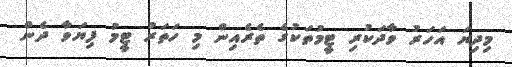
މިދިޔަ އަހަރު ވާދަކުރި ޓީމުތަކުގެ ތެރެއިން މި ހަތަރު ޓީމު ފިޔަވާ ދެން